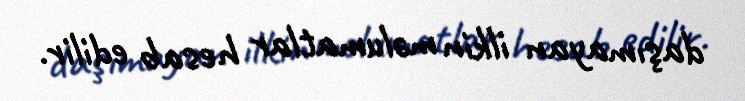
daşımayan ilkin məlumatlar hesab edilir.